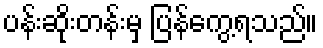
ပန်းဆိုးတန်းမှ ပြန်ကွေ့ရသည်။